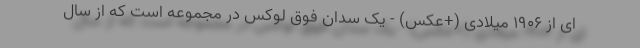
ای از 1906 میلادی (+عکس) - یک سدان فوق لوکس در مجموعه است که از سال